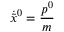
\dot { \tilde { x } } { } ^ { 0 } = \frac { p ^ { 0 } } { m }